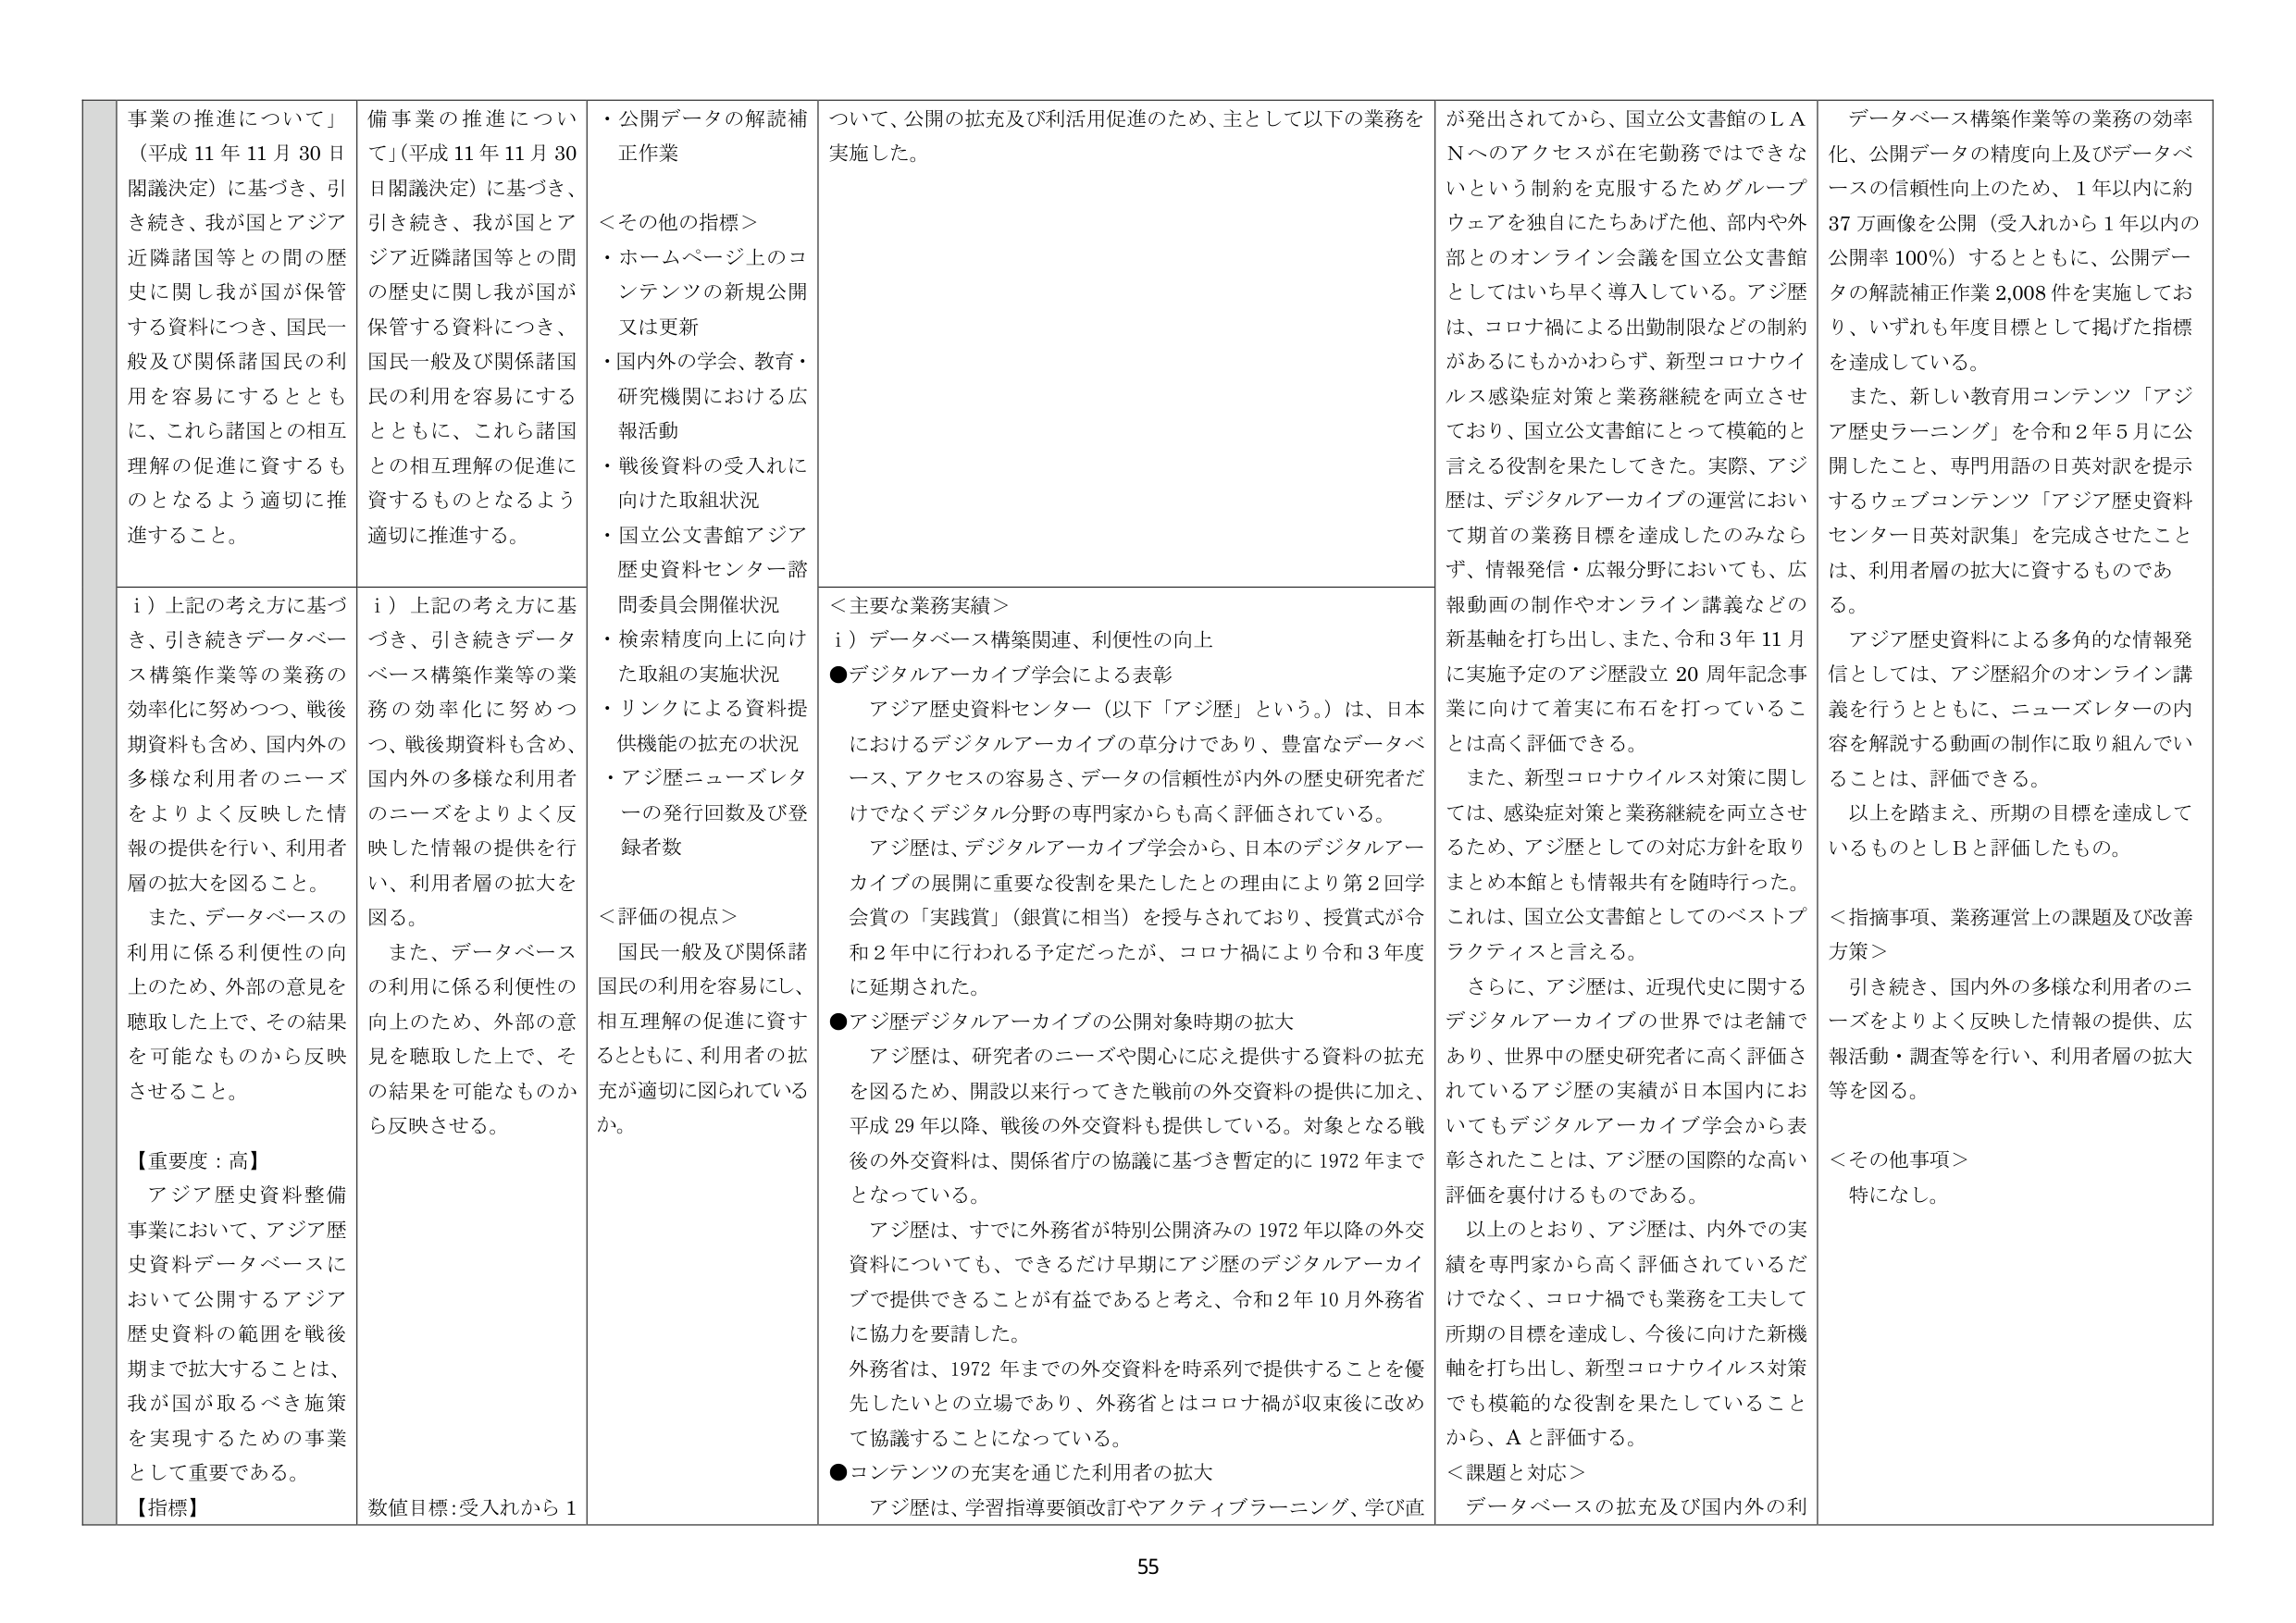
事業の推進について」
（平成 11 年 11 月 30 日
閣議決定）に基づき、引
き続き、我が国とアジア
近隣諸国等との間の歴
史に関し我が国が保管
する資料につき、国民一
般及び関係諸国民の利
用を容易にするととも
に、これら諸国との相互
理解の促進に資するも
のとなるよう適切に推
進すること。

i）上記の考え方に基づ
き、引き続きデータベー
ス構築作業等の業務の
効率化に努めつつ、戦後
期資料も含め、国内外の
多様な利用者のニーズ
をよりよく反映した情
報の提供を行い、利用者
層の拡大を図ること。
また、データベースの
利用に係る利便性の向
上のため、外部の意見を
聴取した上で、その結果
を可能なものから反映
させること。

【重要度：高】
アジア歴史資料整備
事業において、アジア歴
史資料データベースに
おいて公開するアジア
歴史資料の範囲を戦後
期まで拡大することは、
我が国が取るべき施策
を実現するための事業
として重要である。

【指標】
数値目標：受入れから 1

備事業の推進について」（平成 11 年 11 月 30
日閣議決定）に基づき、
引き続き、我が国とア
ジア近隣諸国等との間
の歴史に関し我が国が
保管する資料につき、
国民一般及び関係諸国
民の利用を容易にする
とともに、これら諸国
との相互理解の促進に
資するものとなるよう
適切に推進する。

i）上記の考え方に基
づき、引き続きデータ
ベース構築作業等の業
務の効率化に努めつ
つ、戦後期資料も含め、
国内外の多様な利用者
のニーズをよりよく反
映した情報の提供を行
い、利用者層の拡大を
図る。
また、データベース
の利用に係る利便性の
向上のため、外部の意
見を聴取した上で、そ
の結果を可能なものか
ら反映させる。

・公開データの解読補
正作業

＜その他の指標＞
・ホームページ上のコ
ンテンツの新規公開
又は更新
・国内外の学会、教育・
研究機関における広
報活動
・戦後資料の受入れに
向けた取組状況
・国立公文書館アジア
歴史資料センター諮
問委員会開催状況
・検索精度向上に向け
た取組の実施状況
・リンクによる資料提
供機能の拡充の状況
・アジ歴ニュースレタ
ーの発行回数及び登
録者数

＜評価の視点＞
国民一般及び関係諸
国民の利用を容易にし、
相互理解の促進に資す
るとともに、利用者の拡
充が適切に図られている
か。

ついて、公開の拡充及び利活用促進のため、主として以下の業務を
実施した。

＜主要な業務実績＞
i）データベース構築関連、利便性の向上
●デジタルアーカイブ学会による表彰
アジア歴史資料センター（以下「アジ歴」という。）は、日本
におけるデジタルアーカイブの草分けであり、豊富なデータベ
ース、アクセスの容易さ、データの信頼性が内外の歴史研究者だ
けでなくデジタル分野の専門家からも高く評価されている。
アジ歴は、デジタルアーカイブ学会から、日本のデジタルアー
カイブの展開に重要な役割を果たしたとの理由により第2回学
会賞の「実践賞」（銀賞に相当）を授与されており、授賞式が令
和2年中に行われる予定だったが、コロナ禍により令和3年度
に延期された。
●アジ歴デジタルアーカイブの公開対象時期の拡大
アジ歴は、研究者のニーズや関心に応え提供する資料の拡充
を図るため、開設以来行ってきた戦前の外交資料の提供に加え、
平成29年以降、戦後の外交資料も提供している。対象となる戦
後の外交資料は、関係省庁の協議に基づき暫定的に1972年まで
となっている。
アジ歴は、すでに外務省が特別公開済みの1972年以降の外交
資料についても、できるだけ早期にアジ歴のデジタルアーカイ
ブで提供できることが有益であると考え、令和2年10月外務省
に協力を要請した。
外務省は、1972年までの外交資料を時系列で提供することを優
先したいとの立場であり、外務省とはコロナ禍が収束後に改め
て協議することになっている。
●コンテンツの充実を通じた利用者の拡大
アジ歴は、学習指導要領改訂やアクティブラーニング、学び直

が発出されてから、国立公文書館のＬＡ
Ｎへのアクセスが在宅勤務ではできな
いという制約を克服するためグループ
ウェアを独自にたちあげた他、部内や外
部とのオンライン会議を国立公文書館
としてはいち早く導入している。アジ歴
は、コロナ禍による出勤制限などの制約
があるにもかかわらず、新型コロナウイ
ルス感染症対策と業務継続を両立させ
ており、国立公文書館にとって模範的と
言える役割を果たしてきた。実際、アジ
歴は、デジタルアーカイブの運営におい
て期首の業務目標を達成したのみなら
ず、情報発信・広報分野においても、広
報動画の制作やオンライン講義などの
新基軸を打ち出し、また、令和3年11月
に実施予定のアジ歴設立20周年記念事
業に向けて着実に布石を打っているこ
とは高く評価できる。
また、新型コロナウイルス対策に関し
ては、感染症対策と業務継続を両立させ
るため、アジ歴としての対応方針を取り
まとめ本館とも情報共有を随時行った。
これは、国立公文書館としてのベストプ
ラクティスと言える。
さらに、アジ歴は、近現代史に関する
デジタルアーカイブの世界では老舗で
あり、世界中の歴史研究者に高く評価さ
れているアジ歴の実績が日本国内にお
いてもデジタルアーカイブ学会から表
彰されたことは、アジ歴の国際的な高い
評価を裏付けるものである。
以上のことより、アジ歴は、内外での実
績を専門家から高く評価されているだ
けでなく、コロナ禍でも業務を工夫して
所期の目標を達成し、今後に向けた新機
軸を打ち出し、新型コロナウイルス対策
でも模範的な役割を果たしていること
から、Ａと評価する。
＜課題と対応＞
データベースの拡充及び国内外の利

データベース構築作業等の業務の効率
化、公開データの精度向上及びデータベ
ースの信頼性向上のため、1年以内に約
37万画像を公開（受入れから1年以内の
公開率100％）するとともに、公開デー
タの解読補正作業2,008件を実施してお
り、いずれも年度目標として掲げた指標
を達成している。
また、新しい教育用コンテンツ「アジ
ア歴史ラーニング」を令和2年5月に公
開したこと、専門用語の日英対訳を提示
するウェブコンテンツ「アジア歴史資料
センター日英対訳集」を完成させたこと
は、利用者層の拡大に資するものであ
る。
アジア歴史資料による多角的な情報発
信としては、アジ歴紹介のオンライン講
義を行うとともに、ニュースレターの内
容を解説する動画の制作に取り組んでい
ることは、評価できる。
以上を踏まえ、所期の目標を達成して
いるものとしＢと評価したもの。
＜指摘事項、業務運営上の課題及び改善
方策＞
引き続き、国内外の多様な利用者のニ
ーズをよりよく反映した情報の提供、広
報活動・調査等を行い、利用者層の拡大
等を図る。
＜その他事項＞
特になし。

55